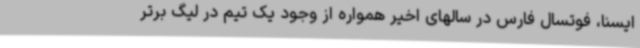
ایسنا، فوتسال فارس در سالهای اخیر همواره از وجود یک تیم در لیگ برتر